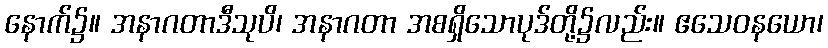
နောက်၌။ အနာဂတာဒီသုပိ၊ အနာဂတာ အစရှိသောပုဒ်တို့၌လည်း။ ဧသေဝနယော၊